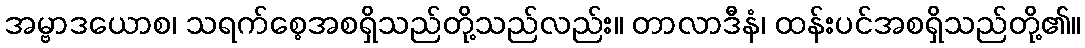
အမ္ဗာဒယောစ၊ သရက်စေ့အစရှိသည်တို့သည်လည်း။ တာလာဒီနံ၊ ထန်းပင်အစရှိသည်တို့၏။